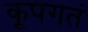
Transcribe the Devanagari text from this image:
कूपगतं